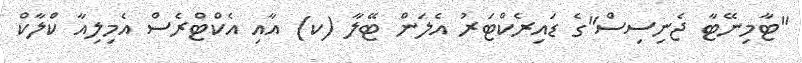
"ޓާމިނޭޓާ ޖެނިސިސް"ގެ ޑައިރެކްޓަރު އެލަން ޓޭލާ (ކ) އާއި އެކްޓްރެސް އެމިލިއާ ކްލާކް